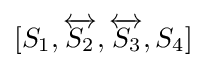
[S_{1},{\overleftrightarrow {S_{2}}},{\overleftrightarrow {S_{3}}},S_{4}]